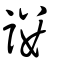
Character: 謱